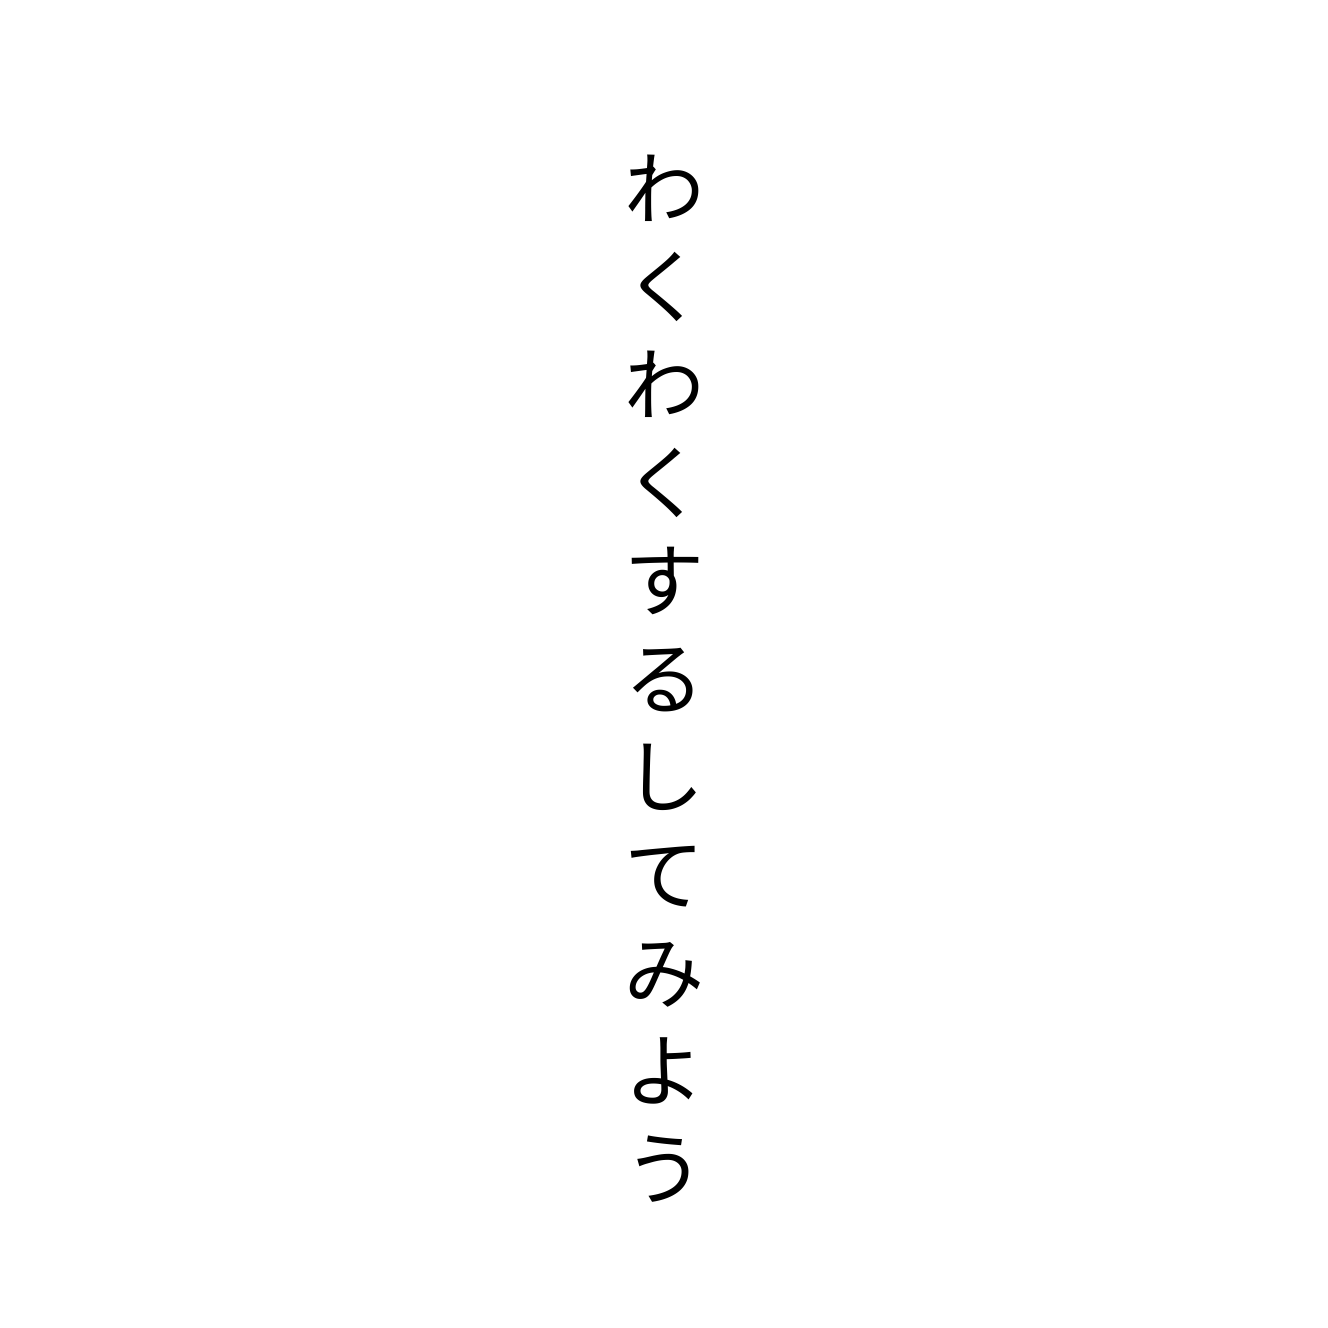
わくわくするしてみよう